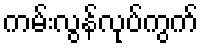
ကမ်းလွန်လုပ်ကွက်